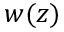
w ( z )